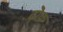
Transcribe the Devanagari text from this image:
ढ़ोक़